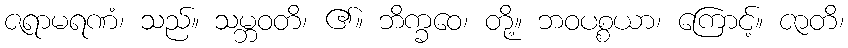
ဇရာမရဏံ၊ သည်။ သမ္ဘဝတိ၊ ၏။ ဘိက္ခဝေ၊ တို့။ ဘဝပစ္စယာ၊ ကြောင့်။ ဇာတိ၊